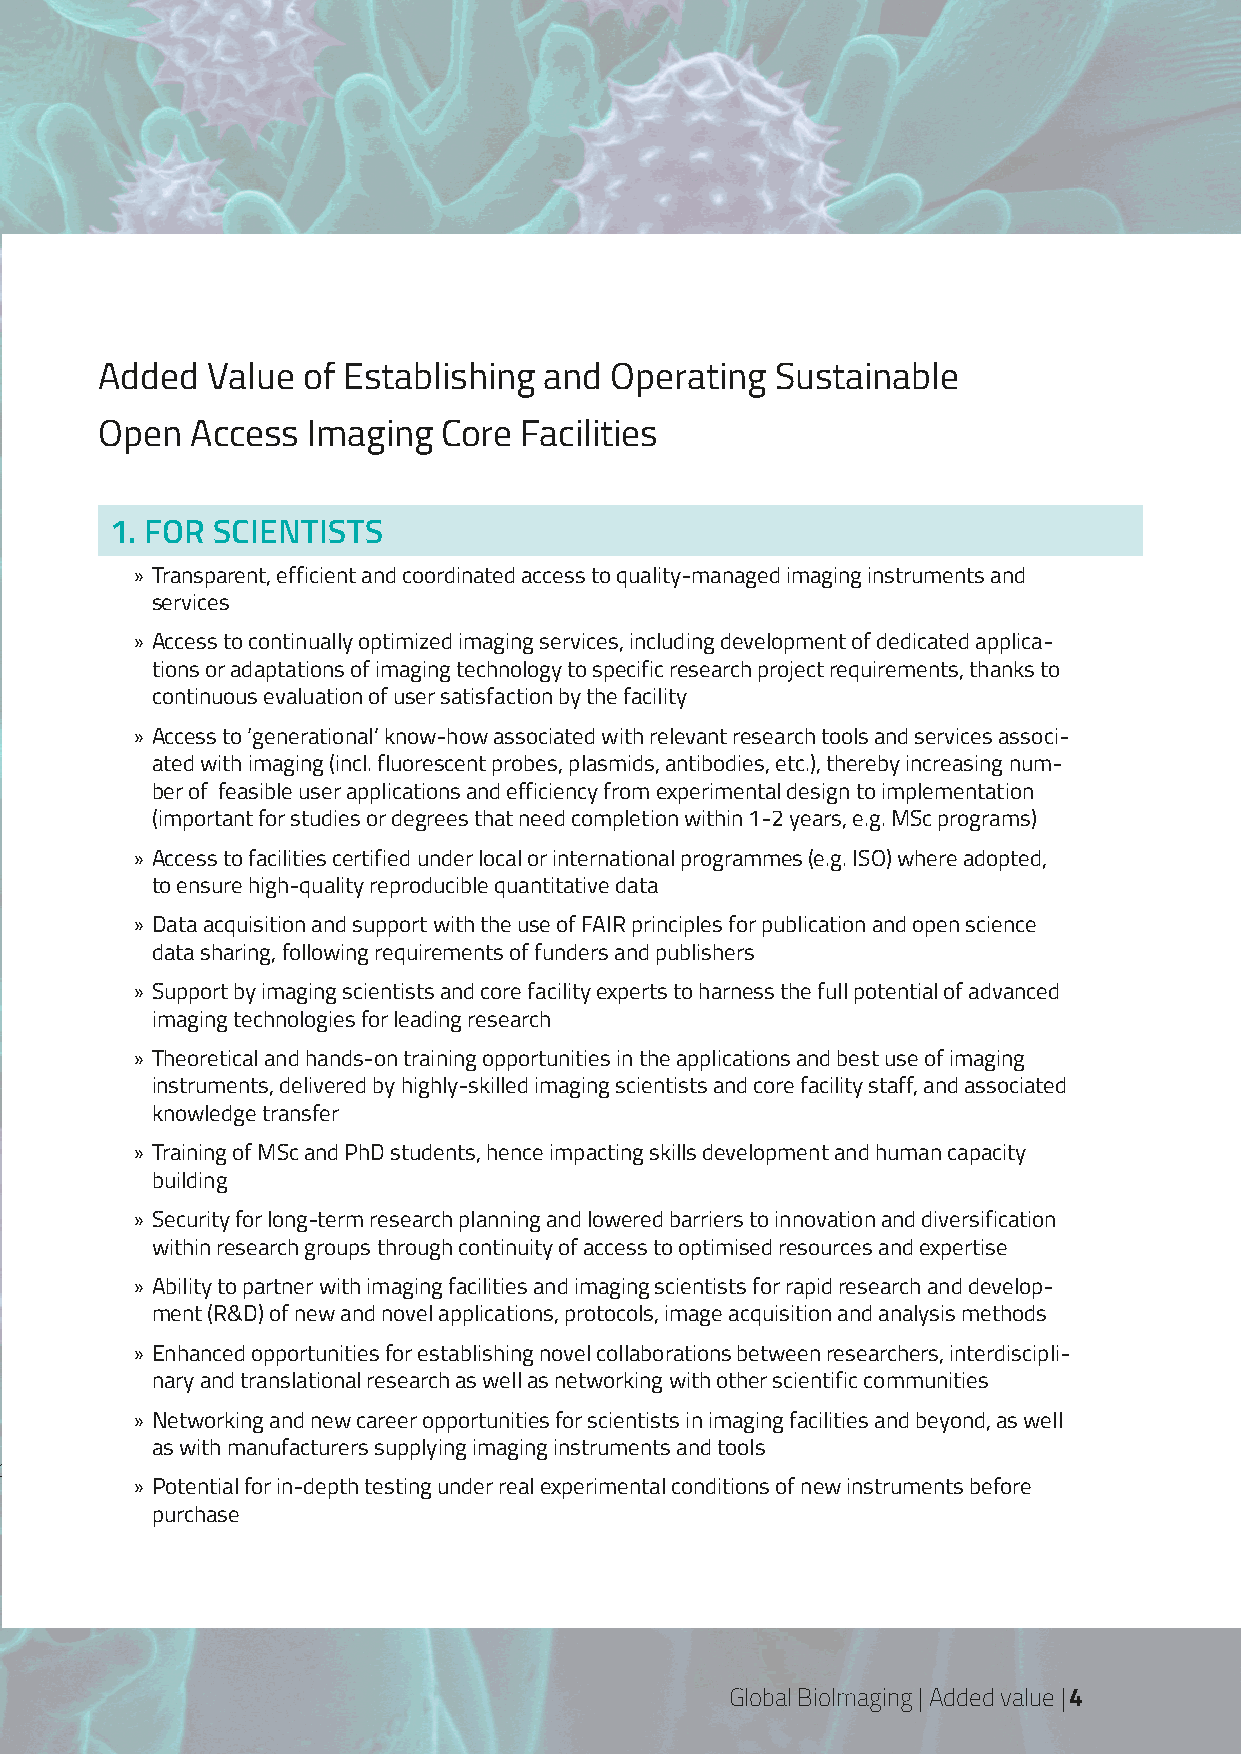
Added  Value of Establishing and Operating  Sustainable
 Open  Access Imaging  Core Facilities
 1. FOR SCIENTISTS
 » Transparent, efficient and coordinated access to quality-managed imaging instruments and
 services
 » Access to continually optimized imaging services, including development of dedicated applica-
 tions or adaptations of imaging technology to specific research project requirements, thanks to
 continuous evaluation of user satisfaction by the facility
 » Access to ‘generational’ know-how associated with relevant research tools and services associ-
 ated with imaging (incl. fluorescent probes, plasmids, antibodies, etc.), thereby increasing num-
 ber of feasible user applications and efficiency from experimental design to implementation
 (important for studies or degrees that need completion within 1-2 years, e.g. MSc programs)
 » Access to facilities certified under local or international programmes (e.g. ISO) where adopted,
 to ensure high-quality reproducible quantitative data
 » Data acquisition and support with the use of FAIR principles for publication and open science
 data sharing, following requirements of funders and publishers
 » Support by imaging scientists and core facility experts to harness the full potential of advanced
 imaging technologies for leading research
 » Theoretical and hands-on training opportunities in the applications and best use of imaging
 instruments, delivered by highly-skilled imaging scientists and core facility staff, and associated
 knowledge transfer
 » Training of MSc and PhD students, hence impacting skills development and human capacity
 building
 » Security for long-term research planning and lowered barriers to innovation and diversification
 within research groups through continuity of access to optimised resources and expertise
 » Ability to partner with imaging facilities and imaging scientists for rapid research and develop-
 ment (R&D) of new and novel applications, protocols, image acquisition and analysis methods
 » Enhanced opportunities for establishing novel collaborations between researchers, interdiscipli-
 nary and translational research as well as networking with other scientific communities
 » Networking and new career opportunities for scientists in imaging facilities and beyond, as well
 as with manufacturers supplying imaging instruments and tools
 PB| Global Bioimaging | Impact
 » Potential for in-depth testing under real experimental conditions of new instruments before
 purchase
 Global BioImaging | Added value | 4